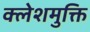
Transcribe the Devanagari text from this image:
क्लेशमुक्ति